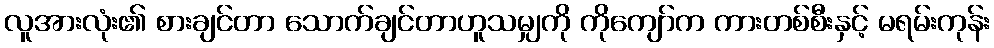
လူအားလုံး၏ စားချင်တာ သောက်ချင်တာဟူသမျှကို ကိုကျော်က ကားတစ်စီးနှင့် မရမ်းကုန်း